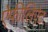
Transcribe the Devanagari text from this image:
ऐफीलिऐट